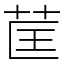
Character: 䒰